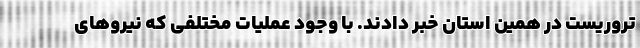
تروریست در همین استان خبر دادند. با وجود عملیات مختلفی که نیروهای